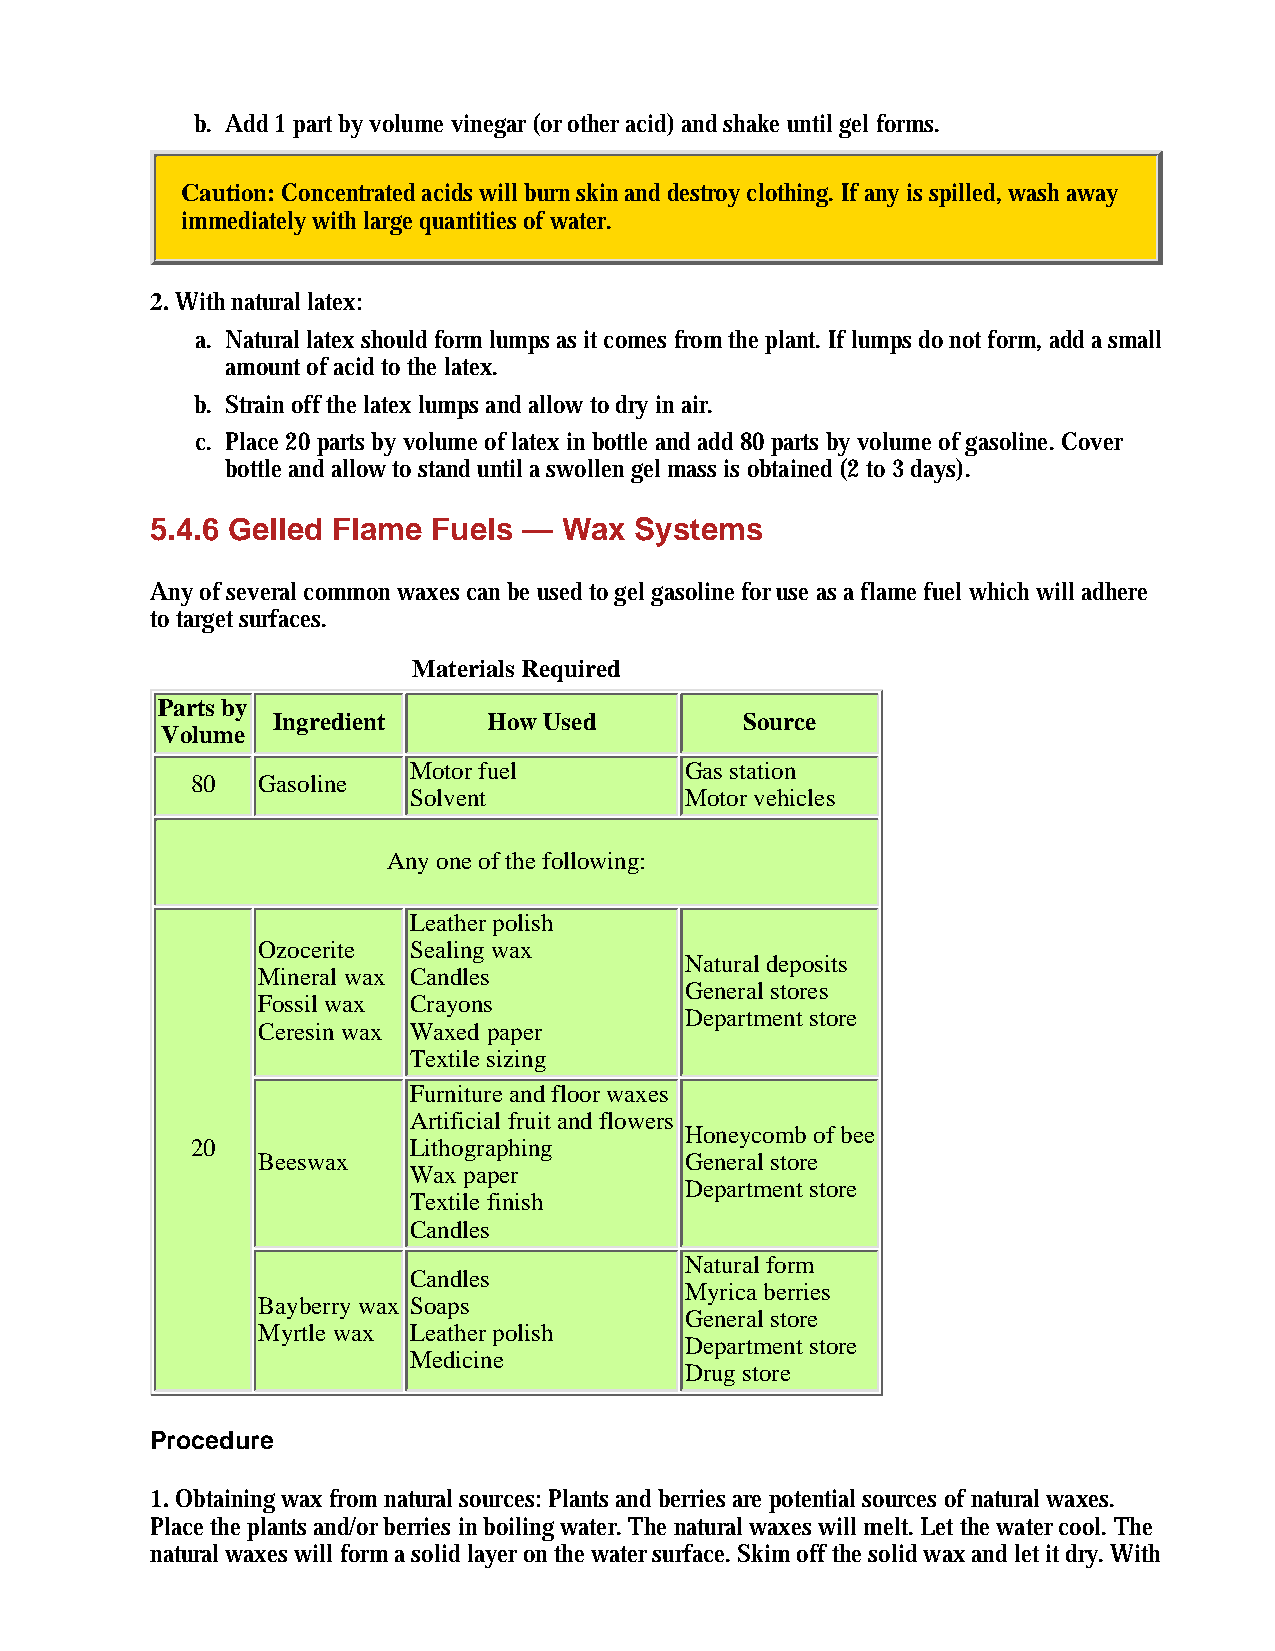
b. Add 1 part by volume vinegar (or other acid) and shake until gel forms.
 Caution: Concentrated acids will burn skin and destroy clothing. If any is spilled, wash away
 immediately with large quantities of water.
 2. With natural latex:
 a. Natural latex should form lumps as it comes from the plant. If lumps do not form, add a small
 amount of acid to the latex.
 b. Strain off the latex lumps and allow to dry in air.
 c. Place 20 parts by volume of latex in bottle and add 80 parts by volume of gasoline. Cover
 bottle and allow to stand until a swollen gel mass is obtained (2 to 3 days).
 5.4.6 Gelled Flame Fuels — Wax  Systems
 Any of several common waxes can be used to gel gasoline for use as a flame fuel which will adhere
 to target surfaces.
 Materials Required
 Parts by
 Ingredient    How Used         Source
 Volume
 Motor fuel        Gas station
 80  Gasoline
 Solvent           Motor vehicles
 Any one of the following:
 Leather polish
 Ozocerite Sealing wax
 Natural deposits
 Mineral wax Candles
 General stores
 Fossil wax Crayons
 Department store
 Ceresin wax Waxed paper
 Textile sizing
 Furniture and floor waxes
 Artificial fruit and flowers
 Honeycomb of bee
 20            Lithographing
 Beeswax                     General store
 Wax paper
 Department store
 Textile finish
 Candles
 Natural form
 Candles
 Myrica berries
 Bayberry wax Soaps
 General store
 Myrtle wax Leather polish
 Department store
 Medicine
 Drug store
 Procedure
 1. Obtaining wax from natural sources: Plants and berries are potential sources of natural waxes.
 Place the plants and/or berries in boiling water. The natural waxes will melt. Let the water cool. The
 natural waxes will form a solid layer on the water surface. Skim off the solid wax and let it dry. With